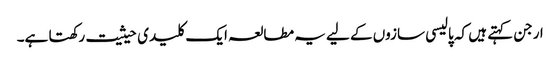
ارجن کہتے ہیں کہ پالیسی سازوں کے لیے یہ مطالعہ ایک کلیدی حیثیت رکھتا ہے۔